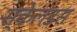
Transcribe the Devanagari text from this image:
स्केलडस